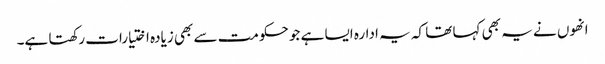
انھوں نے یہ بھی کہا تھا کہ یہ ادارہ ایسا ہے جو حکومت سے بھی زیادہ اختیارات رکھتا ہے۔